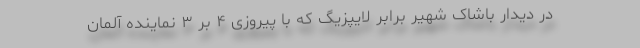
در دیدار باشاک شهیر برابر لایپزیگ که با پیروزی ۴ بر ۳ نماینده آلمان